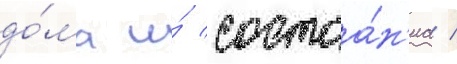
до́ма и́ состоа́н'иа /